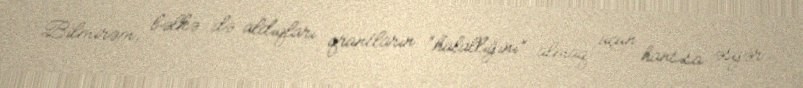
Bilmirəm, bəlkə də aldıqları qrantların “halallığını” almaq üçün hansısa əsgər